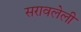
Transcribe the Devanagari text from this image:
सरावलेली